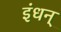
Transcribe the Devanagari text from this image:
इंधन्